Report of the Indian Hemp Drugs Commission, 1894-1895 - Volume IV
Year: 1894
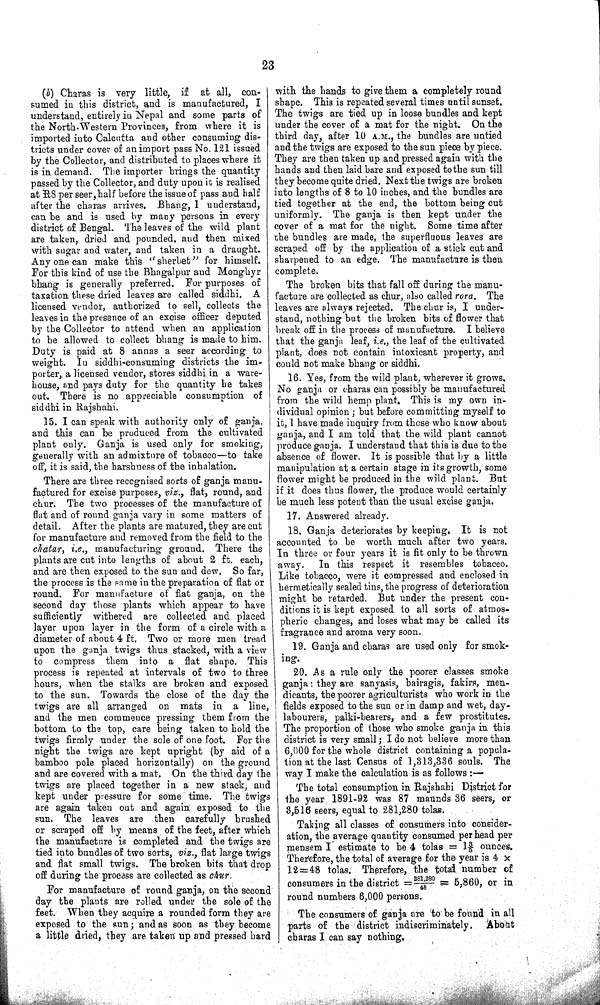
23
(b) Charas is very little, if
at all, con-
sumed in this district, and is manufactured, I
understand, entirely in Nepal and some parts of
the North-Western Provinces, from where it is
imported into Calcutta and other consuming dis-
tricts under cover of an import pass No. 121 issued
by the Collector, and distributed to places where it
is in demand. The importer brings the quantity
passed by the Collector, and duty upon it is realised
at R8 per seer, half before the issue of pass and half
after the charas arrives. Bhang, I understand,
can be and is used by many persons in every
district of Bengal. The leaves of the wild plant
are taken, dried and pounded, and then mixed
with sugar and water, and taken in a draught.
Any one can make this "sherbet" for himself.
For this kind of use the Bhagalpur and Monghyr
bhang is generally preferred. For purposes of
taxation these dried leaves are called siddhi. A
licensed vendor, authorized to sell, collects the
leaves in the presence of an excise officer deputed
by the Collector to attend when an application
to be allowed to collect bhang is made to him.
Duty is paid at 8 annas a seer according to
weight. In siddhi-consuming districts the im-
porter, a licensed vendor, stores siddhi in a ware-
house, and pays duty for the quantity he takes
out. There is no appreciable consumption of
siddhi in Rajshahi.
15. I can speak with authority only of ganja,
and this can be produced from the cultivated
plant only. Ganja is used only for smoking,
generally with an admixture of tobacco—to take
off, it is said, the harshness of the inhalation.
There are three recognised sorts of ganja manu-
factured for excise purposes, viz., flat, round, and
chur. The two processes of the manufacture of
flat and of round ganja vary in some matters of
detail. After the plants are matured, they are cut
for manufacture and removed from the field to the
chatar, i.e., manufacturing ground. There the
plants are cut into lengths of about 2 ft. each,
and are then exposed to the sun and dew. So far,
the process is the same in the preparation of flat or
round. For manufacture of flat ganja, on the
second day those plants which appear to have
sufficiently withered are collected and placed
layer upon layer in the form of a circle with a
diameter of about 4 ft. Two or more men tread
upon the ganja twigs thus stacked, with a view
to compress them into a flat shape. This
process is repeated at intervals of two to three
hours, when the stalks are broken and exposed
to the sun. Towards the close of the day the
twigs are all arranged on mats in a line,
and the men commence pressing them from the
bottom to the top, care being taken to hold the
twigs firmly under the sole of one foot. For the
night the twigs are kept upright (by aid of a
bamboo pole placed horizontally) on the ground
and are covered with a mat. On the third day the
twigs are placed together in a new stack, and
kept under pressure for some time. The twigs
are again taken out and again exposed to the
sun. The leaves are then carefully brushed
or scraped off by means of the feet, after which
the manufacture is completed and the twigs are
tied into bundles of two sorts, viz., flat large twigs
and flat small twigs. The broken bits that drop
off during the process are collected as chur.
For manufacture of round ganja, on the second
day the plants are rolled under the sole of the
feet. When they acquire a rounded form they are
exposed to the sun; and as soon as they become
a little dried, they are taken up and pressed hard
with the hands to give them a completely round
shape. This is repeated several times until sunset.
The twigs are tied up in loose bundles and kept
under the cover of a mat for the night. On the
third day, after 10 A.M., the bundles are untied
and the twigs are exposed to the sun piece by piece.
They are then taken up and pressed again with the
hands and then laid bare and exposed to the sun till
they become quite dried. Next the twigs are broken
into lengths of 8 to 10 inches, and the bundles are
tied together at the end, the bottom being cut
uniformly. The ganja is then kept under the
cover of a mat for the night. Some time after
the bundles are made, the superfluous leaves are
scraped off by the application of a stick cut and
sharpened to an edge. The manufacture is then
complete.
The broken bits that fall off during the manu-
facture are collected as chur, also called rora. The
leaves are always rejected. The chur is, I under-
stand, nothing but the broken bits of flower that
break off in the process of manufacture. I believe
that the ganja leaf, i.e., the leaf of the cultivated
plant, does not contain intoxicant property, and
could not make bhang or siddhi.
16. Yes, from the wild plant, wherever it grows.
No ganja or charas can possibly be manufactured
from the wild hemp plant. This is my own in-
dividual opinion; but before committing myself to
it, I have made inquiry from those who know about
ganja, and I am told that the wild plant cannot
produce ganja. I understand that this is due to the
absence of flower. It is possible that by a little
manipulation at a certain stage in its growth, some
flower might be produced in the wild plant. But
if it does thus flower, the produce would certainly
be much less potent than the usual excise ganja.
17. Answered already.
18. Ganja deteriorates by keeping. It is not
accounted to be worth much after two years.
In three or four years it is fit only to be thrown
away.
In this respect it resembles tobacco.
Like tobacco, were it compressed and enclosed in
hermetically sealed tins, the progress of deterioration
might be retarded. But under the present con-
ditions it is kept exposed to all sorts of atmos-
pheric changes, and loses what may be called its
fragrance and aroma very soon.
19. Ganja and charas are used only for smok-
ing.
20. As a rule only the poorer classes smoke
ganja: they are sanyasis, bairagis, fakirs, men-
dicants, the poorer agriculturists who work in the
fields exposed to the sun or in damp and wet, day-
labourers, palki-bearers, and a few prostitutes.
The proportion of those who smoke ganja in this
district is very small; I do not believe more than
6,000 for the whole district containing a popula-
tion at the last Census of 1,313,336 souls. The
way I make the calculation is as follows:—
The total consumption in Rajshahi District for
the year 1891-92 was 87 maunds 36 seers, or
3,516 seers, equal to 281,280 tolas.
Taking all classes of consumers into consider-
ation, the average quantity consumed per head per
mensem I estimate to be 4 tolas = 1 3/5 ounces.
Therefore, the total of average for the year is 4 x
12 = 48 tolas. Therefore, the total number of
consumers in the district = 281,280/48 = 5,860, or in
round numbers 6,000 persons.
The consumers of ganja are to be found in all
parts of the district indiscriminately. About
charas I can say nothing.